Vaccination in Burma 1900-1911 - 1900-1911
Year: 1900
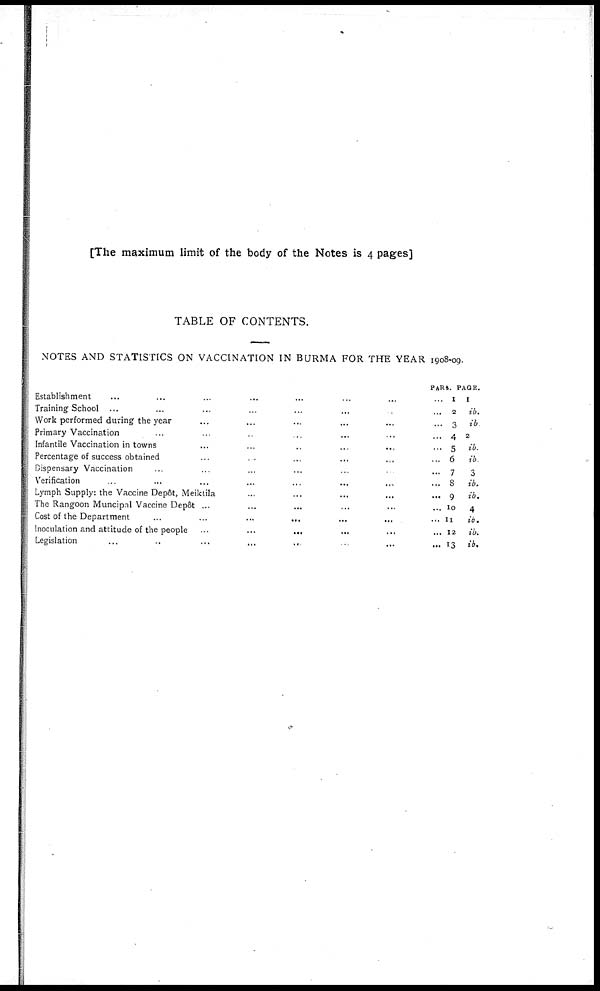
[The maximum limit of the body of the Notes is 4 pages]
TABLE OF CONTENTS.
NOTES AND STATISTICS ON VACCINATION IN BURMA FOR THE YEAR 1908-09.
Establishment ... ... ... ... ... ... ... ... ...
Training School ... ... ... ... ... ... ... ... ...
Work performed during the year ... ... ... ... ... ... ...
Primary Vaccination ... ... ... ... ... ... ... ...
Infantile Vaccination in towns ... ... ... ... ... ... ...
Percentage of success obtained ... ... ... ... ... ... ...
Dispensary Vaccination ... ... ... ... ... ... ... ...
Verification ... ... ... ... ... ... ... ... ... ...
Lymph Supply: the Vaccine Depôt, Meiktila ... ... ... ... ... ... ...
The Rangoon Muncipal Vaccine Depôt ... ... ... ... ... ... ... ...
Cost of the Department ... ... ... ... ... ... ... ...
Inoculation and attitude of the people ... ... ... ... ... ... ... ...
Legislation
...
...
...
...
...
...
...
...
...
...
PARA.
1
2
3
4
5
6
7
8
9
10
11
12
13
PAGE.
1
ib.
ib.
2
ib.
ib.
3
ib.
ib.
4
ib.
ib.
ib.